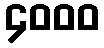
၄၀၀၀